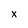
Character: X